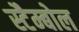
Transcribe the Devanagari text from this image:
स्टैम्बोल